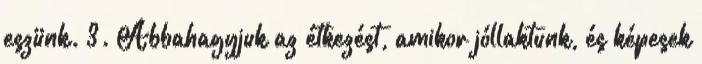
eszünk. 3. Abbahagyjuk az étkezést, amikor jóllaktunk, és képesek